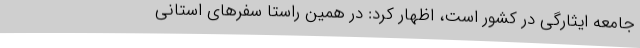
جامعه ایثارگی در کشور است، اظهار کرد: در همین راستا سفرهای استانی